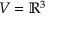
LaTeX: V = \mathbb { R } ^ { 3 }